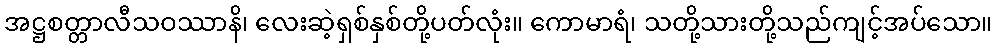
အဋ္ဌစတ္တာလီသဝဿာနိ၊ လေးဆဲ့ရှစ်နှစ်တို့ပတ်လုံး။ ကောမာရံ၊ သတို့သားတို့သည်ကျင့်အပ်သော။